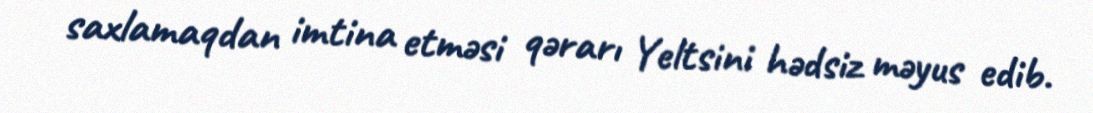
saxlamaqdan imtina etməsi qərarı Yeltsini hədsiz məyus edib.